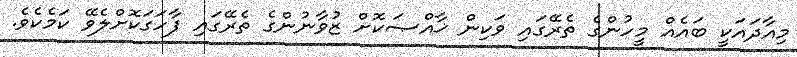
މިއާދައަކީ ބައެއް މީހުންގެ ތެރޭގައި ވަކިން ޚާއްޞަކޮށް ޒުވާނުންގެ ތެރޭގައި ފާހަގަކޮށްލެވޭ ކަމެކެވެ.